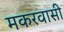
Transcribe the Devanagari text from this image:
मकरवासी